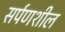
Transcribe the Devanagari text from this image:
सर्पणशील